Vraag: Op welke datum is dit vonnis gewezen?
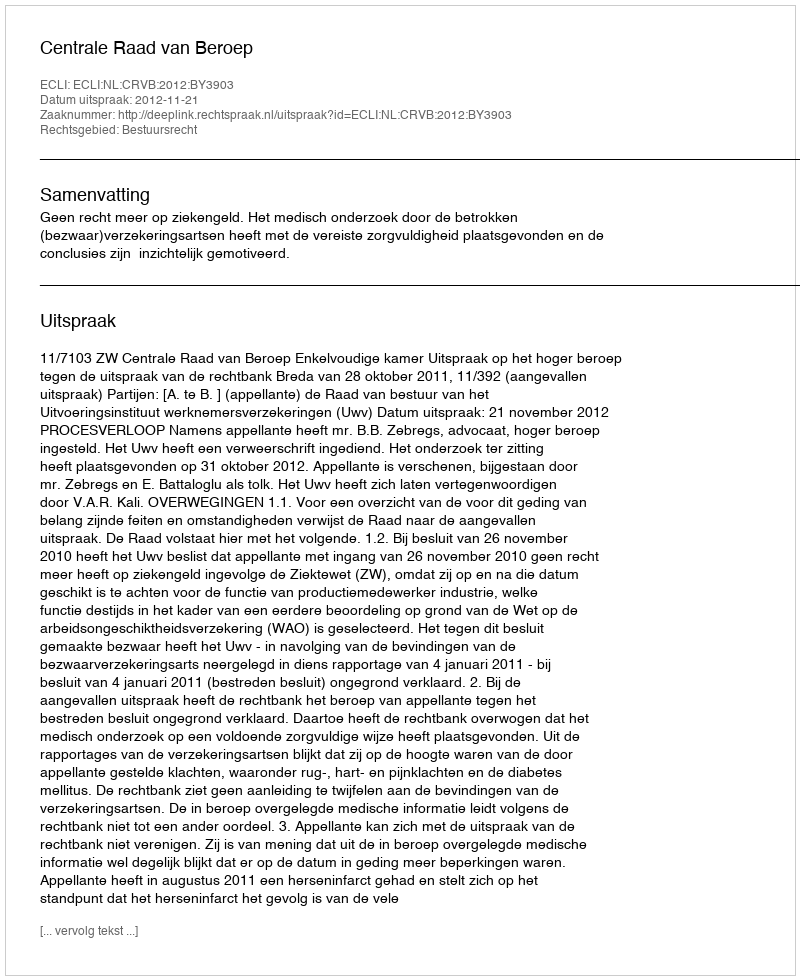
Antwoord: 2012-11-21